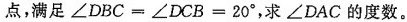
点，满足$$∠ D B C = ∠ D C B = 2 0 °$$，求∠DAC的度数。